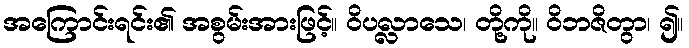
အကြောင်းရင်း၏ အစွမ်းအားဖြင့်။ ဝိပလ္လာသေ၊ တို့ကို။ ဝိဘဇိတွာ၊ ၍။